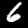
Label: 6